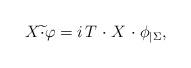
LaTeX: \begin{align*} X \widetilde{\cdot} \varphi = i \, T \; {\cdot} \; X \; {\cdot} \;\phi_{|\Sigma},\end{align*}